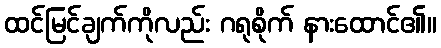
ထင်မြင်ချက်ကိုလည်း ဂရုစိုက် နားထောင်၏။